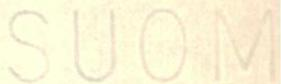
SUOM